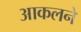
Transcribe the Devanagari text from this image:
आकलने